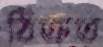
ঠিক্‌রত